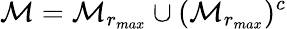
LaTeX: \mathcal{M}=\mathcal{M}_{r_{max}}\cup(\mathcal{M}_{r_{max}})^{c}